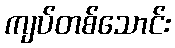
ကျပ်တစ်သောင်း